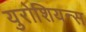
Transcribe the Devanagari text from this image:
युरोशियन्स